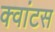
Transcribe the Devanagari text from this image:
क्वांटस